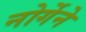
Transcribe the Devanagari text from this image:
नोर्गेने